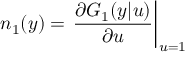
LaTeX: n _ { 1 } ( y ) = \left. \frac { \partial G _ { 1 } ( y | u ) } { \partial u } \right| _ { u = 1 }